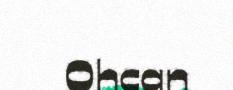
Ohcan